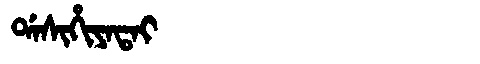
Manchu: ᡩᠠᠰᡳᡥᡳᠶᠠᡨᠠᡳ
Romanization: DASIHIYATAI